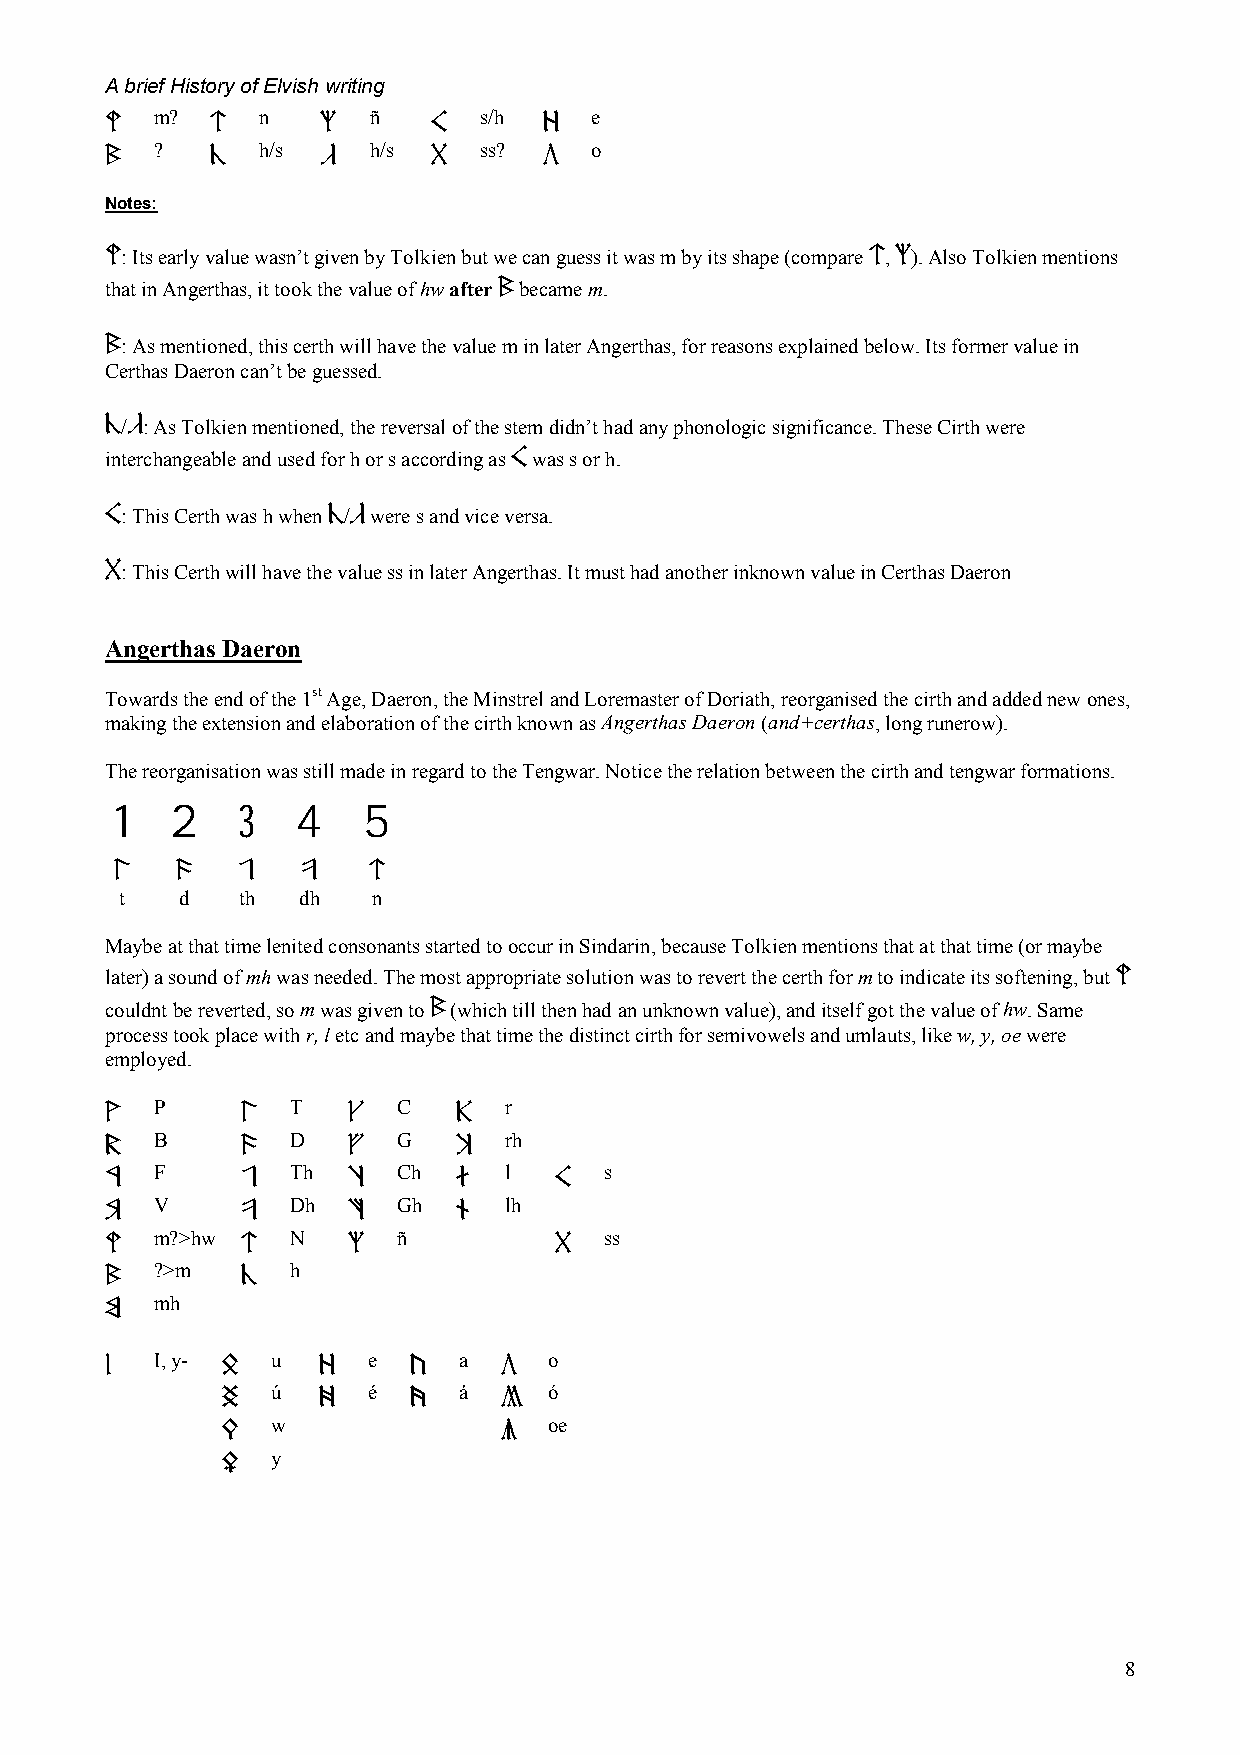
A brief History of Elvish writing
 m?     n      ñ       s/h    e
 5      @      u       g      z
 ?      h/s    h/s     ss?    o
 6      #      %       h      b
 Notes:
 5: Its early value wasn’t given by Tolkien but we can guess it was m by its shape (compare @, u). Also Tolkien mentions
 that in Angerthas, it took the value of hw after 6 became m.
 6: As mentioned, this certh will have the value m in later Angerthas, for reasons explained below. Its former value in
 Certhas Daeron can’t be guessed.
 #/%: As Tolkien mentioned, the reversal of the stem didn’t had any phonologic significance. These Cirth were
 interchangeable and used for h or s according as g was s or h.
 g: This Certh was h when #/% were s and vice versa.
 h: This Certh will have the value ss in later Angerthas. It must had another inknown value in Certhas Daeron
 Angerthas Daeron
 Towards the end of the 1st Age, Daeron, the Minstrel and Loremaster of Doriath, reorganised the cirth and added new ones,
 making the extension and elaboration of the cirth known as Angerthas Daeron (and+certhas, long runerow).
 The reorganisation was still made in regard to the Tengwar. Notice the relation between the cirth and tengwar formations.
 1  2    3   4   5
 8   9   0   !   @
 t   d   th  dh   n
 Maybe at that time lenited consonants started to occur in Sindarin, because Tolkien mentions that at that time (or maybe
 later) a sound of mh was needed. The most appropriate solution was to revert the certh for m to indicate its softening, but 5
 couldnt be reverted, so m was given to 6 (which till then had an unknown value), and itself got the value of hw. Same
 process took place with r, l etc and maybe that time the distinct cirth for semivowels and umlauts, like w, y, oe were
 employed.
 P        T      C      r
 1        8      e      R
 B        D      G      rh
 2        9      r      T
 F        Th     Ch     l      s
 3        0      t      a      g
 V        Dh     Gh     lh
 4        !      y      s
 m?>hw    N      ñ             ss
 5        @      u             h
 ?>m      h
 6        #
 mh
 7
 I, y-   u     e     a     o
 l       S     z     c     b
 ú     é     á     ó
 D     x     v     n
 w                 oe
 F                 m
 y
 G
 8